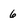
Character: 6